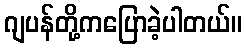
ဂျပန်တို့ကပြောခဲ့ပါတယ်။